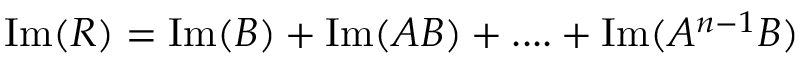
\mathrm { I m } ( R ) = \mathrm { I m } ( B ) + \mathrm { I m } ( A B ) + . . . . + \mathrm { I m } ( A ^ { n - 1 } B )